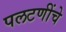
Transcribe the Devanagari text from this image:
पलटणींचे